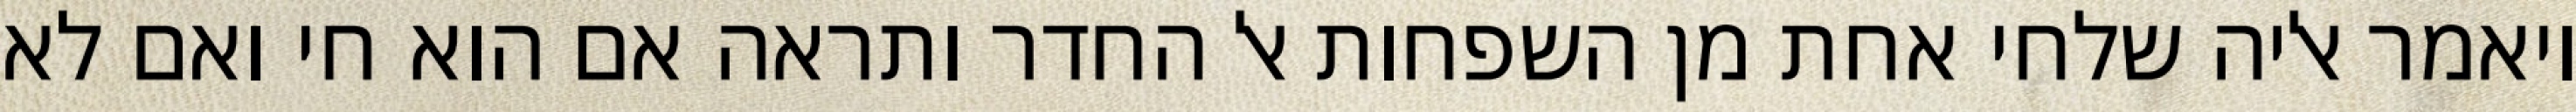
ויאמר אליה שלחי אחת מן השפחות אל החדר ותראה אם הוא חי ואם לא